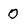
Character: 0